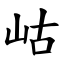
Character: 岵